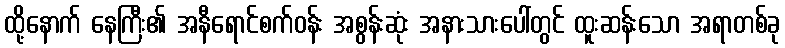
ထို့နောက် နေကြီး၏ အနီရောင်စက်ဝန်း အစွန်းဆုံး အနားသားပေါ်တွင် ထူးဆန်းသော အရာတစ်ခု